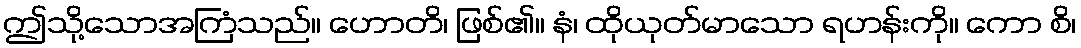
ဤသို့သောအကြံသည်။ ဟောတိ၊ ဖြစ်၏။ နံ၊ ထိုယုတ်မာသော ရဟန်းကို။ ကော စိ၊